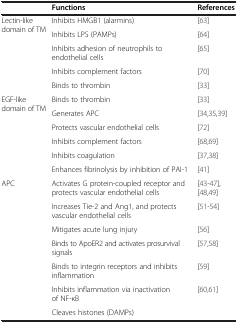
<table><thead><tr><td></td><td><b>Functions</b></td><td><b>References</b></td></tr></thead><tbody><tr><td rowspan="5">Lectin-like domain of TM</td><td>Inhibits HMGB1 (alarmins)</td><td>[63]</td></tr><tr><td>Inhibits LPS (PAMPs)</td><td>[64]</td></tr><tr><td>Inhibits adhesion of neutrophils to endothelial cells</td><td>[65]</td></tr><tr><td>Inhibits complement factors</td><td>[70]</td></tr><tr><td>Binds to thrombin</td><td>[33]</td></tr><tr><td rowspan="6">EGF-like domain of TM</td><td>Binds to thrombin</td><td>[33]</td></tr><tr><td>Generates APC</td><td>[34,35,39]</td></tr><tr><td>Protects vascular endothelial cells</td><td>[72]</td></tr><tr><td>Inhibits complement factors</td><td>[68,69]</td></tr><tr><td>Inhibits coagulation</td><td>[37,38]</td></tr><tr><td>Enhances fibrinolysis by inhibition of PAI-1</td><td>[41]</td></tr><tr><td rowspan="7">APC</td><td>Activates G protein-coupled receptor and protects vascular endothelial cells</td><td>[43-47], [48,49]</td></tr><tr><td>Increases Tie-2 and Ang1, and protects vascular endothelial cells</td><td>[51-54]</td></tr><tr><td>Mitigates acute lung injury</td><td>[56]</td></tr><tr><td>Binds to ApoER2 and activates prosurvival signals</td><td>[57,58]</td></tr><tr><td>Binds to integrin receptors and inhibits inflammation</td><td>[59]</td></tr><tr><td>Inhibits inflammation via inactivation of NF-κB</td><td>[60,61]</td></tr><tr><td>Cleaves histones (DAMPs)</td><td></td></tr></tbody></table>